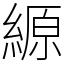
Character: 縓